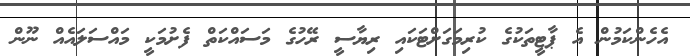
އެހެންކަމުން އެ ޕާޓީތަކުގެ ކުރިމަގަށްޓަކައި ރިޔާސީ ރޭހުގެ މަސައްކަތް ފެށުމަކީ މައްސަލައެއް ނޫން